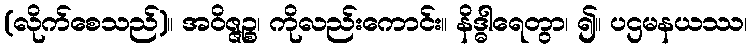
(လိုက်စေသည်)။ အဝိဇ္ဇဉ္စ၊ ကိုလည်းကောင်း။ နိဒ္ဓါရေတွာ၊ ၍။ ပဌမနယဿ၊